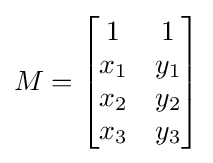
M={\begin{bmatrix}1&1\\x_{1}&y_{1}\\x_{2}&y_{2}\\x_{3}&y_{3}\end{bmatrix}}